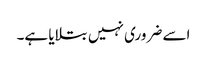
اسے ضروری نہیں بتلایا ہے۔